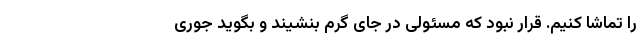
را تماشا کنیم. قرار نبود که مسئولی در جای گرم بنشیند و بگوید جوری